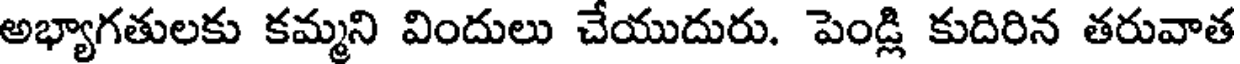
అభ్యాగతులకు కమ్మని విందులు చేయుదురు. పెండ్లి కుదిరిన తరువాత